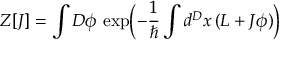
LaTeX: Z [ J ] = \int { \cal D } \phi \, \exp \Bigl ( - \frac { 1 } { \hbar } \int d ^ { D } x \, ( { \cal L } + J \phi ) \Bigr )